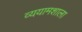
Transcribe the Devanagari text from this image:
व्ययामशाला